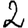
Digit: 2